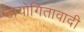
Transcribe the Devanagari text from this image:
उायोगितावादी